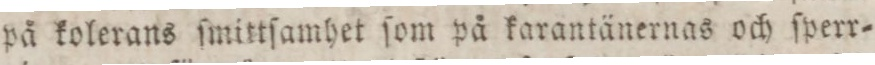
på kolerans ſmittſamhet ſom på karantänernas och ſperr=